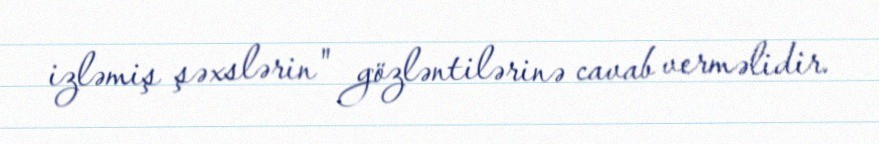
izləmiş şəxslərin" gözləntilərinə cavab verməlidir.